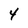
Character: 4